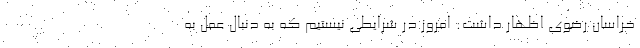
خراسان رضوی اظهار داشت: امروز در شرایطی نیستیم که به دنبال عمل به